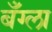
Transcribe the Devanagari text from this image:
बँग्ला